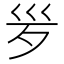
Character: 𣧄